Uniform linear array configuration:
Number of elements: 48
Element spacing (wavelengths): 0.5
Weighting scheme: hann
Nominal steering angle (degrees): -45
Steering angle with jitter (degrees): -44.155
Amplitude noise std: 0.05
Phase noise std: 0.05

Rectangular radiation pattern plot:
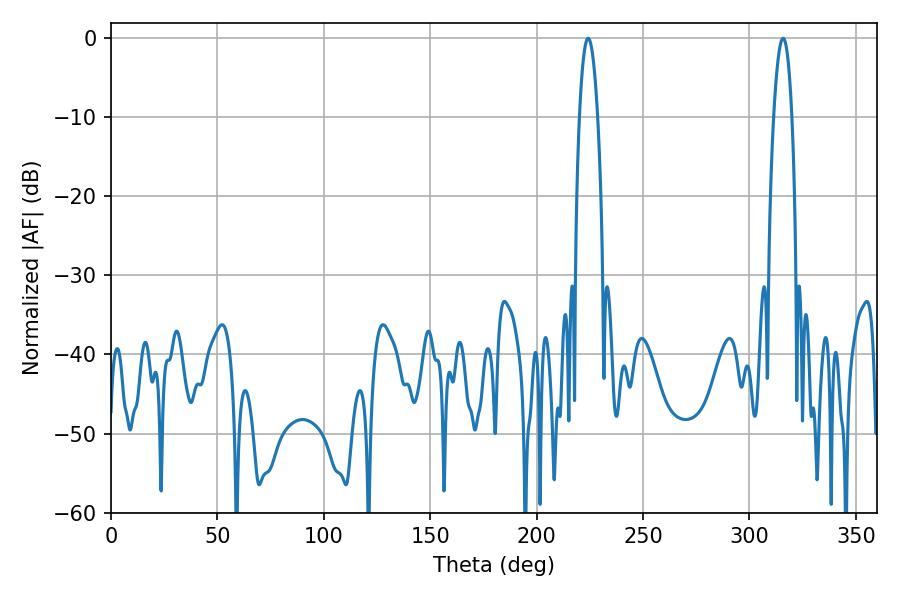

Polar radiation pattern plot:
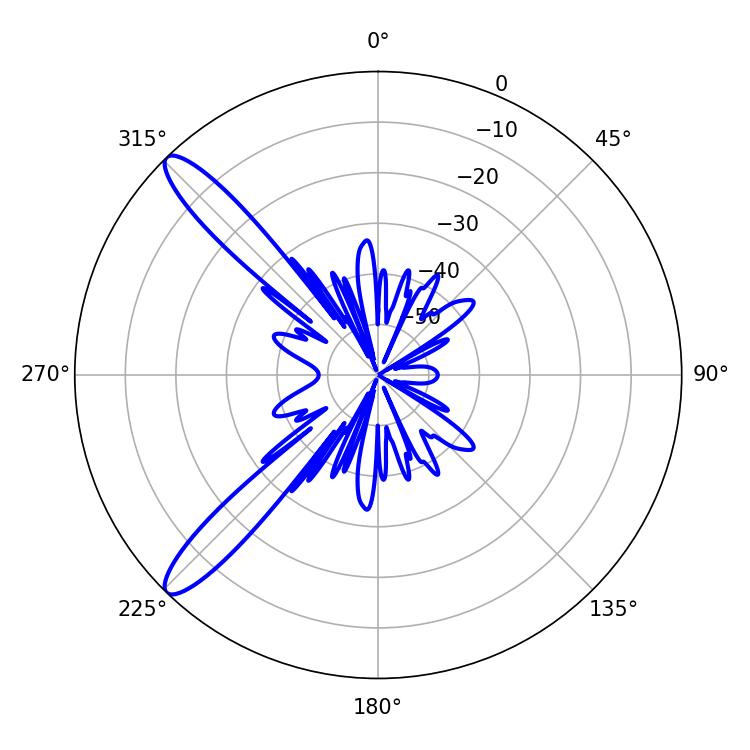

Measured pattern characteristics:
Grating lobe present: FALSE
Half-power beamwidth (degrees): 4.68
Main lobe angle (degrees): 315.72